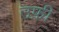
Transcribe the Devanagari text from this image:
उफ़ी